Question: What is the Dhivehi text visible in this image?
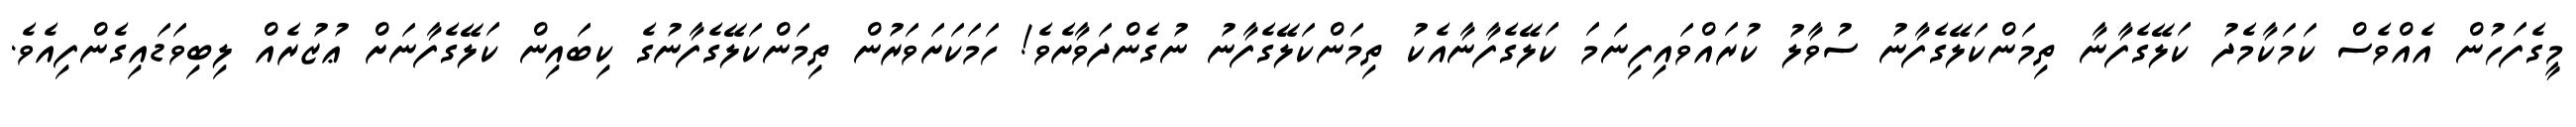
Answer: މީގެފަހުން އެއްވެސް ކަމަކާމެދު ކަލޭގެފާނާ ތިމަންކަލޭގެފާނު ސުވާލު ކުރައްވައިފިނަމަ ކަލޭގެފާނާއެކު ތިމަންކަލޭގެފާނު ނުގެންދަވާށެވެ! ހަމަކަށަވަރުން ތިމަންކަލޭގެފާނުގެ ކިބައިން ކަލޭގެފާނަށް ޢުޒުރެއް ލިބިވަޑައިގެންފިއެވެ.